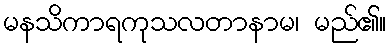
မနသိကာရကုသလတာနာမ၊ မည်၏။